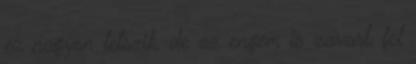
ez nagyon tetszik, de az engem is zavart, fel